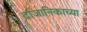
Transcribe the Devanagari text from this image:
टांजानिकाच्या